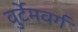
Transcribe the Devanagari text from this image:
वुर्टेमवर्ग